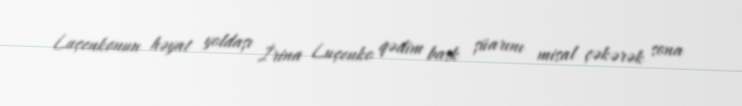
Luçenkonun həyat yoldaşı İrina Luçenko qədim bask şüarını misal çəkərək sona